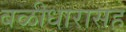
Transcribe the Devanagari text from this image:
बळीधारासह